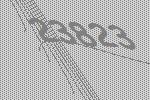
23823